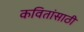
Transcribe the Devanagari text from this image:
कवितांसाठी